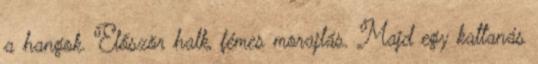
a hangok. Először halk, fémes morajlás. Majd egy kattanás